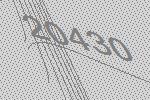
20430